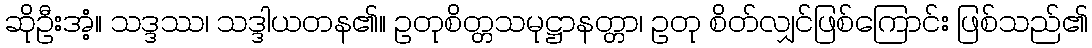
ဆိုဦးအံ့။ သဒ္ဒဿ၊ သဒ္ဒါယတန၏။ ဥတုစိတ္တသမုဋ္ဌာနတ္တာ၊ ဥတု စိတ်လျှင်ဖြစ်ကြောင်း ဖြစ်သည်၏